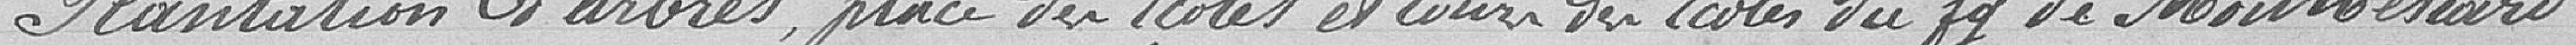
Plantation d'arbres place des Ecoles et cour des Ecoles du faubourg de Montbélaird